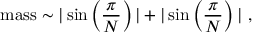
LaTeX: \mathrm { m a s s } \sim | \sin \left( \frac { \pi } { N } \right) | + | \sin \left( \frac { \pi } { N } \right) | ~ ,